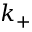
k _ { + }